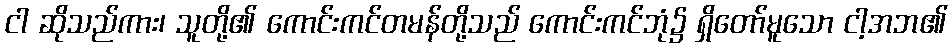
ငါ ဆိုသည်ကား၊ သူတို့၏ ကောင်းကင်တမန်တို့သည် ကောင်းကင်ဘုံ၌ ရှိတော်မူသော ငါ့အဘ၏